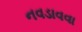
નવડાવવા